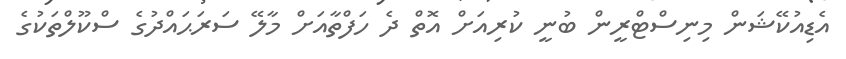
އެޑިއުކޭޝަން މިނިސްޓްރީން ބުނީ ކުރިއަށް އޮތް ދެ ހަފްތާއަށް މާލޭ ސަރަޙައްދުގެ ސްކޫލްތަކުގެ